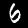
Digit: 6